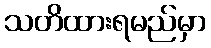
သတိထားရမည်မှာ